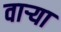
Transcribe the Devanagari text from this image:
वार्‍या